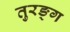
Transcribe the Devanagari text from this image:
तुरङ्ग